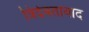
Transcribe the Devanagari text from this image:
त्रिदेवतावाद